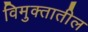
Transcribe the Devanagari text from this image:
विमुक्तातील